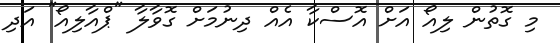
މި ގޮތުން ލިއޯ އަށް އޮސްކާ އެއް ދިނުމަށް ގޮވާލާ "ޕްއާލިއޯ" އަދި